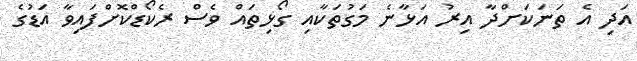
އަދި އެ ތަނަކަށްދާ އިރު އަޅާނެ މަގުތަކާއި ގޯޅިތައް ވެސް ރެކޯޑްކޮށްފައިވާ އަޑުގެ